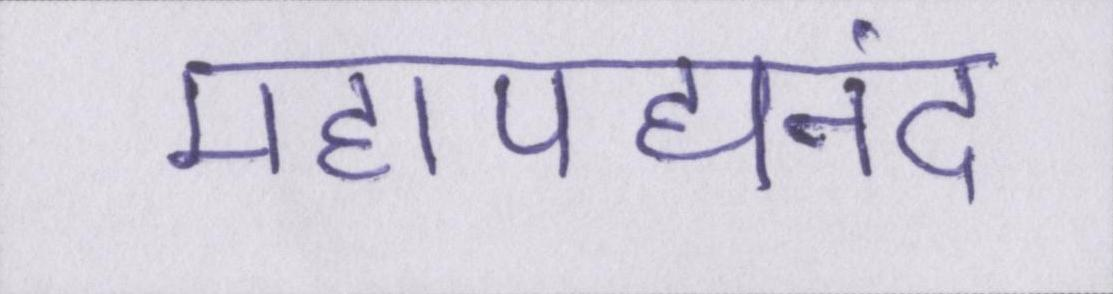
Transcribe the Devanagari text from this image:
महापद्यनंद